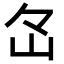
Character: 𡵁